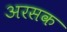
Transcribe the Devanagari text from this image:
अरसक